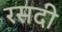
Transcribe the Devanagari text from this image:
रसदी